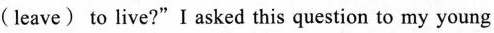
(leave) to live?"I asked this question to my young